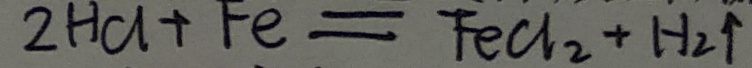
2 H C l + F e = F e C l _ { 2 } + H _ { 2 } \uparrow